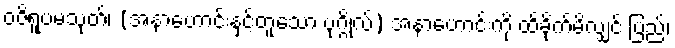
ဝဇိရူပမသုတ်၊ (အနာဟောင်းနှင့်တူသော ပုဂ္ဂိုလ်) အနာဟောင်းကို ထိခိုက်မိလျှင် ပြည်၊